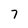
Character: 7